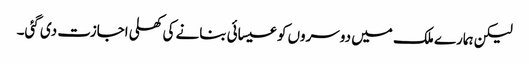
لیکن ہمارے ملک میں دوسروں کو عیسائی بنانے کی کھلی اجازت دی گئی۔